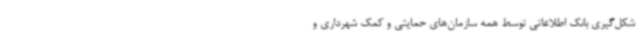
شکل‌گیری بانک اطلاعاتی توسط همه سازمان‌های حمایتی و کمک شهرداری و